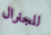
للجنرال